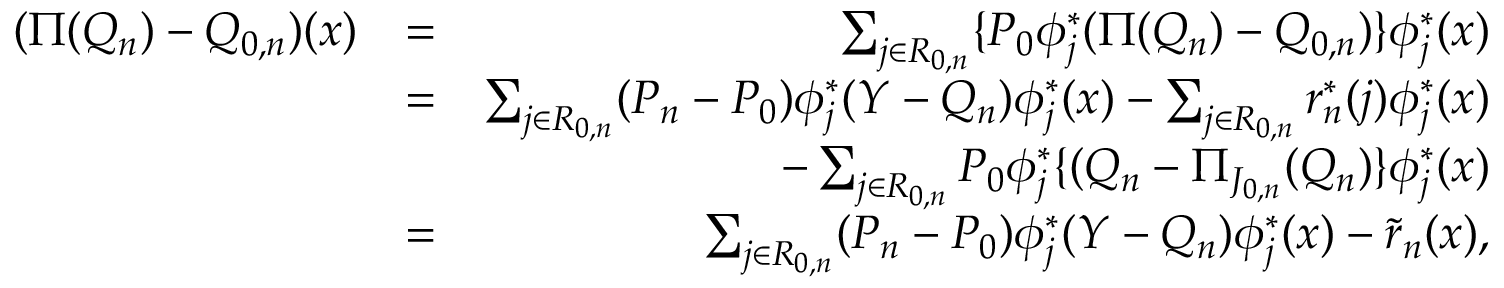
\begin{array} { r l r } { ( \Pi ( Q _ { n } ) - Q _ { 0 , n } ) ( x ) } & { = } & { \sum _ { j \in { \cal R } _ { 0 , n } } \{ P _ { 0 } \phi _ { j } ^ { * } ( \Pi ( Q _ { n } ) - { Q _ { 0 , n } } ) \} \phi _ { j } ^ { * } ( x ) } \\ & { = } & { \sum _ { j \in { \cal R } _ { 0 , n } } ( P _ { n } - P _ { 0 } ) \phi _ { j } ^ { * } ( Y - { Q _ { n } } ) \phi _ { j } ^ { * } ( x ) - \sum _ { j \in { \cal R } _ { 0 , n } } r _ { n } ^ { * } ( j ) \phi _ { j } ^ { * } ( x ) } \\ & { } & { - \sum _ { j \in { \cal R } _ { 0 , n } } P _ { 0 } \phi _ { j } ^ { * } \{ ( Q _ { n } - \Pi _ { J _ { 0 , n } } ( Q _ { n } ) \} \phi _ { j } ^ { * } ( x ) } \\ & { = } & { \sum _ { j \in { \cal R } _ { 0 , n } } ( P _ { n } - P _ { 0 } ) \phi _ { j } ^ { * } ( Y - { Q _ { n } } ) \phi _ { j } ^ { * } ( x ) - \tilde { r } _ { n } ( x ) , } \end{array}